Annual administration and progress report of the Indian Medical Department, Bombay
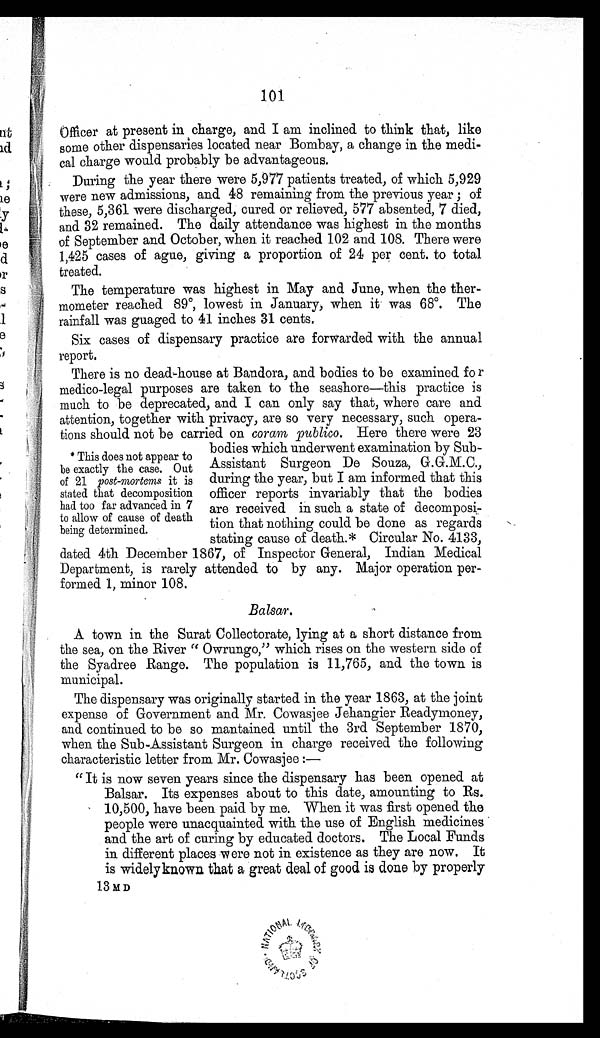
101
Officer at present in charge, and I am inclined to think that, like
some other dispensaries located near Bombay, a change in the medi-
cal charge would probably be advantageous.
During the year there were 5,977 patients treated, of which 5,929
were new admissions, and 48 remaining from the previous year ; of
these, 5,361 were discharged, cured or relieved, 577 absented, 7 died,
and 32 remained. The daily attendance was highest in the months
of September and October, when it reached 102 and 108. There were
1,425 cases of ague, giving a proportion of 24 per cent. to total
treated.
The temperature was highest in May and June, when the ther-
mometer reached 89º, lowest in January, when it was 68º. The
rainfall was guaged to 41 inches 31 cents.
Six cases of dispensary practice are forwarded with the annual
report.
There is no dead-house at Bandora, and bodies to be examined fo r
medico-legal purposes are taken to the seashore—this practice is
much to be deprecated, and I can only say that, where care and
attention, together with privacy, are so very necessary, such opera-
tions should not be carried on coram publico. Here there were 23
* This does not appear to
be exactly the case. Out
of 21 post-mortems it is
stated that decomposition
had too far advanced in 7
to allow of cause of death
being determined.
bodies which underwent examination by Sub-
Assistant Surgeon De Souza, G.G.M.C.,
during the year, but I am informed that this
officer reports invariably that the bodies
are received in such a state of decomposi-
tion that nothing could be done as regards
stating cause of death.* Circular No. 4133,
dated 4th December 1867, of Inspector General, Indian Medical
Department, is rarely attended to by any. Major operation per-
formed 1, minor 108.
Balsar.
A town in the Surat Collectorate, lying at a short distance from
the sea, on the River " Owrungo," which rises on the western side of
the Syadree Range. The population is 11,765, and the town is
municipal.
The dispensary was originally started in the year 1863, at the joint
expense of Government and Mr. Cowasjee Jehangier Readymoney,
and continued to be so mantained until the 3rd September 1870,
when the Sub-Assistant Surgeon in charge received the following
characteristic letter from Mr. Cowasjee :—
" It is now seven years since the dispensary has been opened at
Balsar. Its expenses about to this date, amounting to Rs.
10,500, have been paid by me. When it was first opened the
people were unacquainted with the use of English medicines
and the art of curing by educated doctors. The Local Funds
in different places were not in existence as they are now. It
is widely known that a great deal of good is done by properly
13 M D
N A T I O N A L L I B R A R Y O F S C O T L A N D